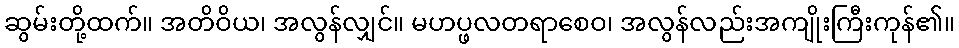
ဆွမ်းတို့ထက်။ အတိဝိယ၊ အလွန်လျှင်။ မဟပ္ဖလတရာစေဝ၊ အလွန်လည်းအကျိုးကြီးကုန်၏။